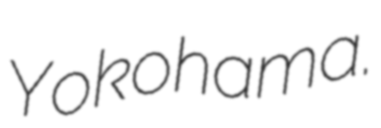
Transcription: Yokohama.